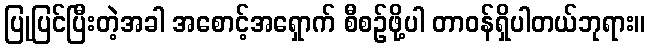
ပြုပြင်ပြီးတဲ့အခါ အစောင့်အရှောက် စီစဉ်ဖို့ပါ တာဝန်ရှိပါတယ်ဘုရား။